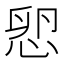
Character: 㤻